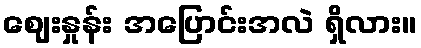
ဈေးနှုန်း အပြောင်းအလဲ ရှိလား။